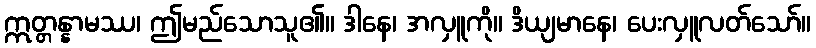
ဣတ္တန္နာမဿ၊ ဤမည်သောသူ၏။ ဒါနေ၊ အလှူကို။ ဒိယျမာနေ၊ ပေးလှူလတ်သော်။